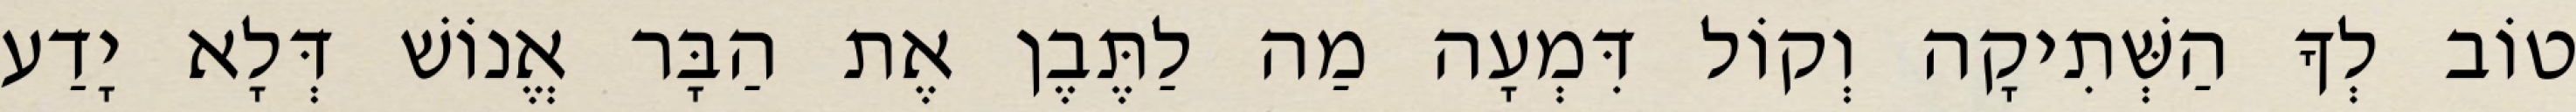
טוֹב לְךָ הַשְּׁתִיקָה וְקוֹל דִּמְעָה מַה לַתֶּבֶן אֶת הַבָּר אֱנוֹשׁ דְּלָא יָדַע